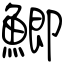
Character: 鯽